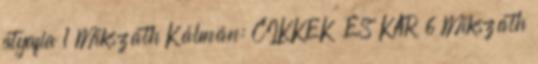
atyafia 1 Mikszáth Kálmán: CIKKEK ÉS KAR 6 Mikszáth